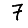
Digit: 7